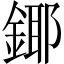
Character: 鎁